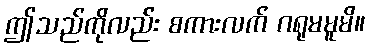
ဤသည်ကိုလည်း စကားလက် ဂရုမမူမိ။